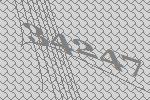
34247